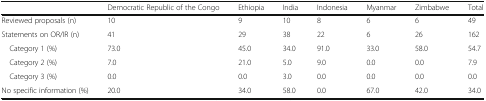
|  | Democratic Republic of the Congo | Ethiopia | India | Indonesia | Myanmar | Zimbabwe | Total |
 | --- | --- | --- | --- | --- | --- | --- | --- |
 | Reviewed proposals (n) | 10 | 9 | 10 | 8 | 6 | 6 | 49 |
 | Statements on OR/IR (n) | 41 | 29 | 38 | 22 | 6 | 26 | 162 |
 | Category 1 (%) | 73.0 | 45.0 | 34.0 | 91.0 | 33.0 | 58.0 | 54.7 |
 | Category 2 (%) | 7.0 | 21.0 | 5.0 | 9.0 | 0.0 | 0.0 | 7.9 |
 | Category 3 (%) | 0.0 | 0.0 | 3.0 | 0.0 | 0.0 | 0.0 | 0.0 |
 | No specific information (%) | 20.0 | 34.0 | 58.0 | 0.0 | 67.0 | 42.0 | 34.0 |